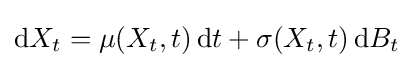
\mathrm {d} X_{t}=\mu (X_{t},t)\,\mathrm {d} t+\sigma (X_{t},t)\,\mathrm {d} B_{t}